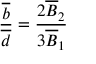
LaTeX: \frac { \overline { { { b } } } } { \overline { { { d } } } } = \frac { 2 \overline { { { B } } } _ { 2 } } { 3 \overline { { { B } } } _ { 1 } }